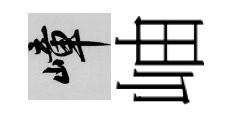
嶂岫